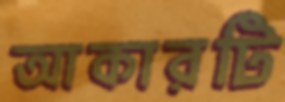
আকারটি